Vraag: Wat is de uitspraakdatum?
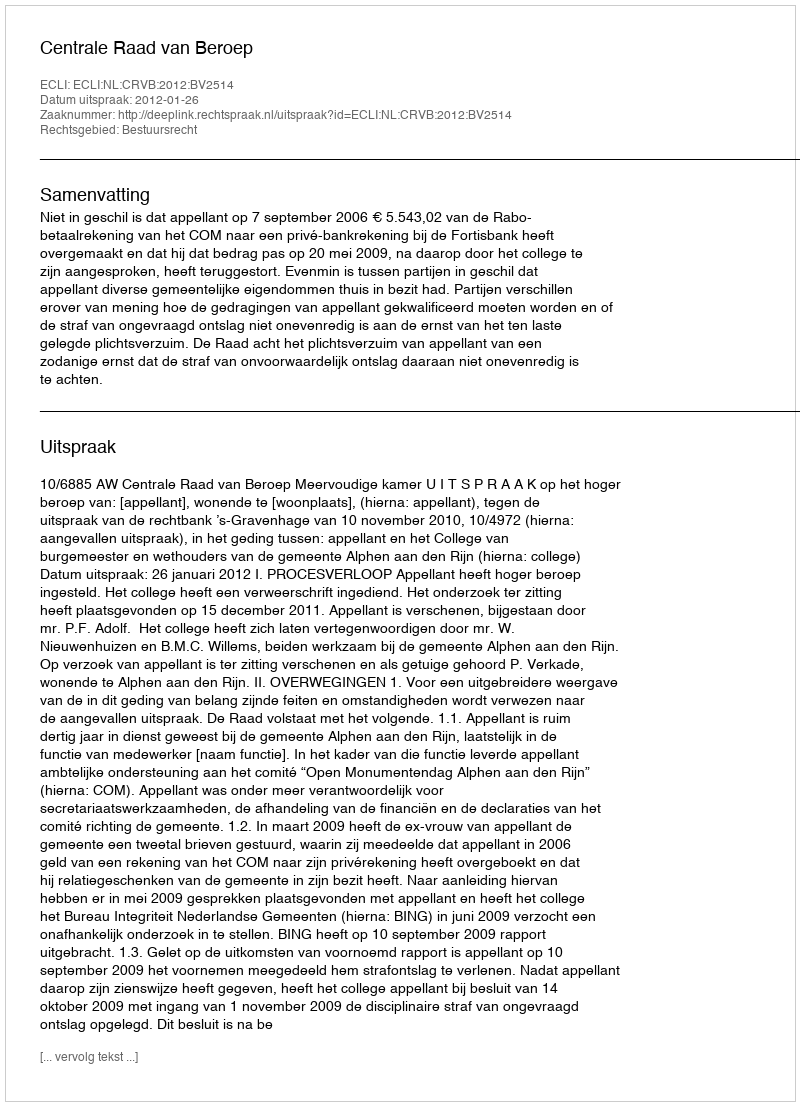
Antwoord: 2012-01-26